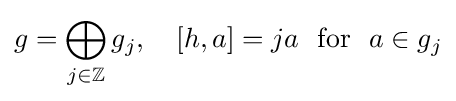
g=\bigoplus _{j\in \mathbb {Z} }g_{j},\quad [h,a]=ja{\ \ }{\textrm {for}}{\ \ }a\in g_{j}